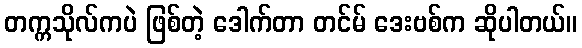
တက္ကသိုလ်ကပဲ ဖြစ်တဲ့ ဒေါက်တာ တင်မ် ဒေးဗစ်က ဆိုပါတယ်။